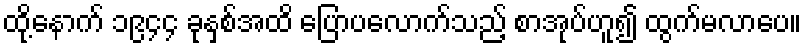
ထို့နောက် ၁၉၄၄ ခုနှစ်အထိ ပြောပလောက်သည့် စာအုပ်ဟူ၍ ထွက်မလာပေ။